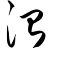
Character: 治